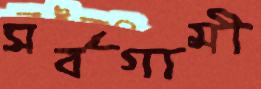
সর্বগামী